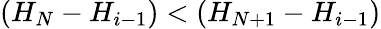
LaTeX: (H_{N}-H_{i-1})<(H_{N+1}-H_{i-1})